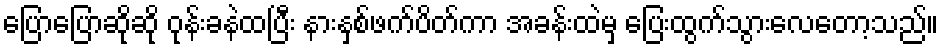
ပြောပြောဆိုဆို ဝုန်းခနဲထပြီး နားနှစ်ဖက်ပိတ်ကာ အခန်းထဲမှ ပြေးထွက်သွားလေတော့သည်။